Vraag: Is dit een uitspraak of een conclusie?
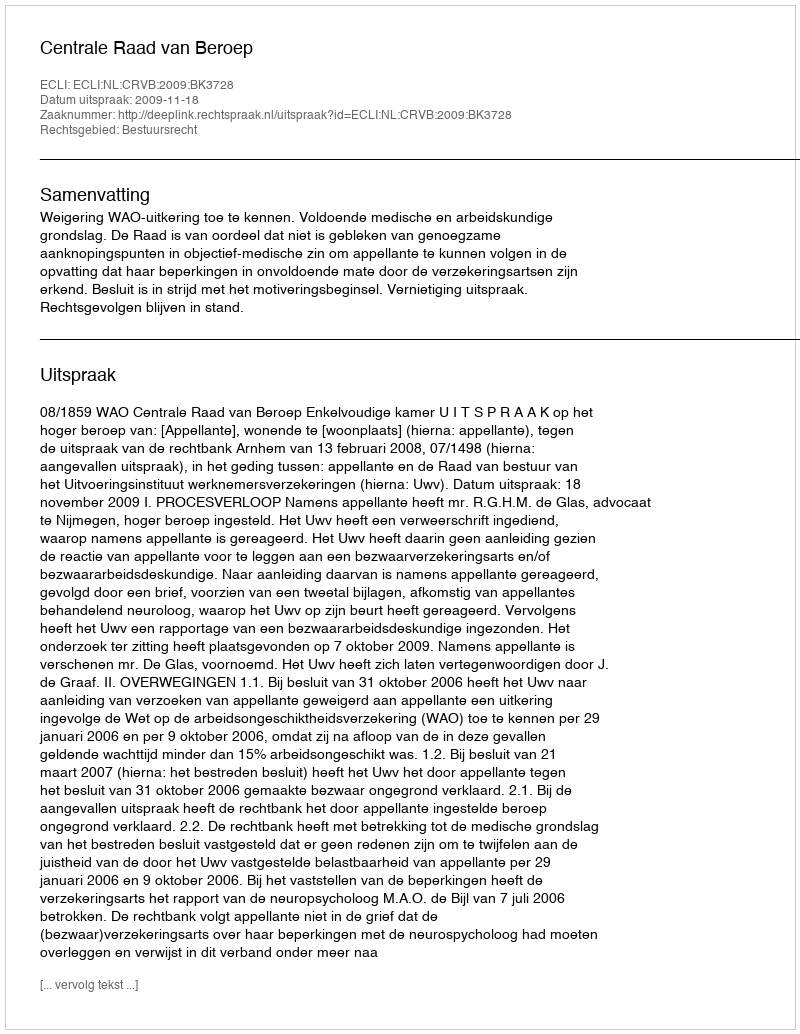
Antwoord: Uitspraak